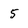
Character: 5